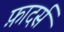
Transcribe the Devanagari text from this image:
फ़ादर्स